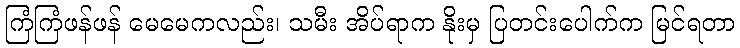
ကြံကြံဖန်ဖန် မေမေကလည်း၊ သမီး အိပ်ရာက နိုးမှ ပြတင်းပေါက်က မြင်ရတာ